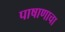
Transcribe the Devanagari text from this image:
पाषाणाचा